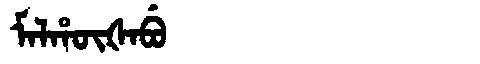
Manchu: ᠮᠠᠯᡥᡡᡧᠠᠪᡠ
Romanization: MALHŪŠABU